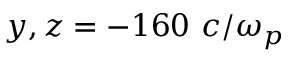
y , z = - 1 6 0 ~ c / \omega _ { p }